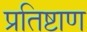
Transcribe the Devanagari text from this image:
प्रतिष्टाण